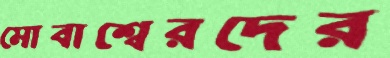
মোবাশ্বেরদের